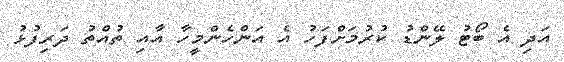
އަދި އެ ބޯޓު ލޭންޑު ކުރުމަށްފަހު އެ އަންހެންމީހާ އާއި ތުއްތު ދަރިފުޅު